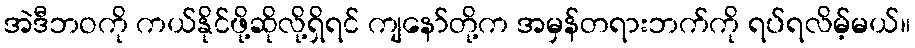
အဲဒီဘဝကို ကယ်နိုင်ဖို့ဆိုလို့ရှိရင် ကျနော်တို့က အမှန်တရားဘက်ကို ရပ်ရလိမ့်မယ်။